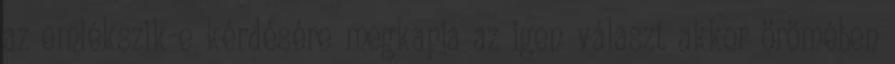
az emlékszik-e kérdésére megkapja az igen választ akkor örömében